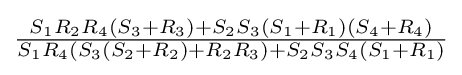
{\tfrac {S_{1}R_{2}R_{4}(S_{3}+R_{3})+S_{2}S_{3}(S_{1}+R_{1})(S_{4}+R_{4})}{S_{1}R_{4}(S_{3}(S_{2}+R_{2})+R_{2}R_{3})+S_{2}S_{3}S_{4}(S_{1}+R_{1})}}